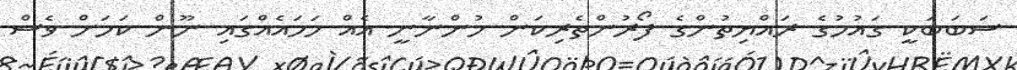
ސަބަބަކީ ގައުމުގެ ރައްޔިތުންގެ ފޯރުންތެރިކަން ހުންނާނީ އެއް ހަމައެއްގައި ނޫން ކަމަށް ވެސް